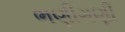
ભણીગણી